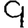
Digit: 9